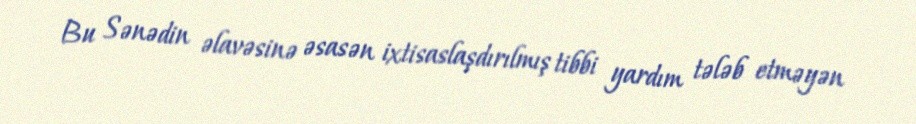
Bu Sənədin əlavəsinə əsasən ixtisaslaşdırılmış tibbi yardım tələb etməyən